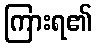
ကြားရ၏